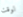
لوقت